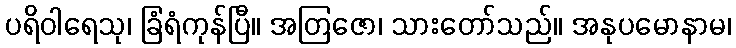
ပရိဝါရေသု၊ ခြံရံကုန်ပြီ။ အတြဇော၊ သားတော်သည်။ အနုပမောနာမ၊